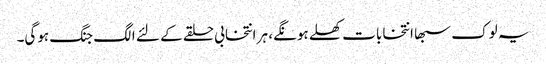
یہ لوک سبھا انتخابات کھلے ہونگے، ہر انتخابی حلقے کے لئے الگ جنگ ہوگی۔